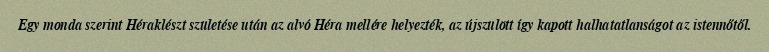
Egy monda szerint Héraklészt születése után az alvó Héra mellére helyezték, az újszülött így kapott halhatatlanságot az istennőtől.